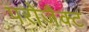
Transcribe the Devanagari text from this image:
परोजैक्ट